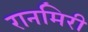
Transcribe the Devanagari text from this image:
रानमिरी